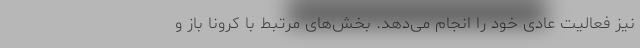
نیز فعالیت عادی خود را انجام می‌دهد. بخش‌های مرتبط با کرونا باز و